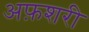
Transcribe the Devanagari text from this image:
अफ़शरी